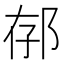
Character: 𨚲